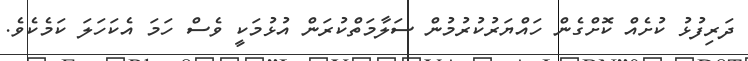
ދަރިފުޅު ކުށެއް ކޮށްގެން ހައްޔަރުކުރުމުން ސަލާމަތްކުރަން އުޅުމަކީ ވެސް ހަމަ އެކަހަލަ ކަމެކެވެ.